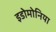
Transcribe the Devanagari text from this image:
इडोमोनिया